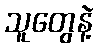
သူတွေနဲ့